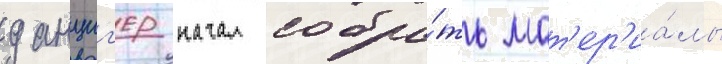
данциг'ер начал собра́ть мат'ер'иа́лы